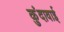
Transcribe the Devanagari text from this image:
कुंदावाई